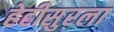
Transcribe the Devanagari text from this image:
हेटीसुरला